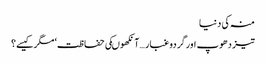
منہ کی دنیا
تیز دھوپ اورگردوغبار …آنکھوںکی حفاظت‘ مگرکیسے؟